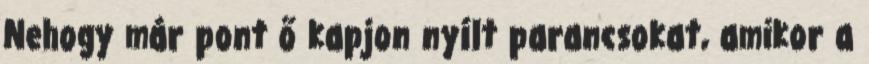
Nehogy már pont ő kapjon nyílt parancsokat, amikor a